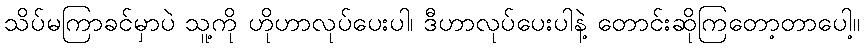
သိပ်မကြာခင်မှာပဲ သူ့ကို ဟိုဟာလုပ်ပေးပါ၊ ဒီဟာလုပ်ပေးပါနဲ့ တောင်းဆိုကြတော့တာပေါ့။